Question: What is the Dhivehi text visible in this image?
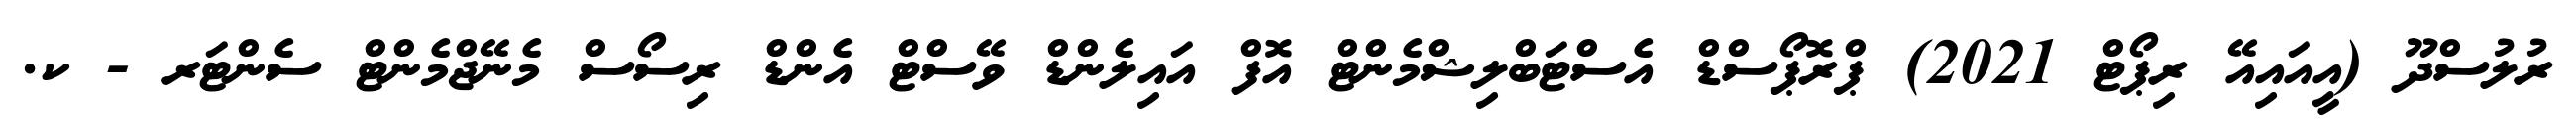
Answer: ރުލުސްދޫ (އީއައިއޭ ރިޕޯޓް 2021) ޕްރޮޕޯސްޑް އެސްޓަބްލިޝްމެންޓް އޮފް އައިލެންޑް ވޭސްޓް އެންޑް ރިސޯސް މެނޭޖްމެންޓް ސެންޓަރ - ކ.